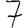
Digit: 7